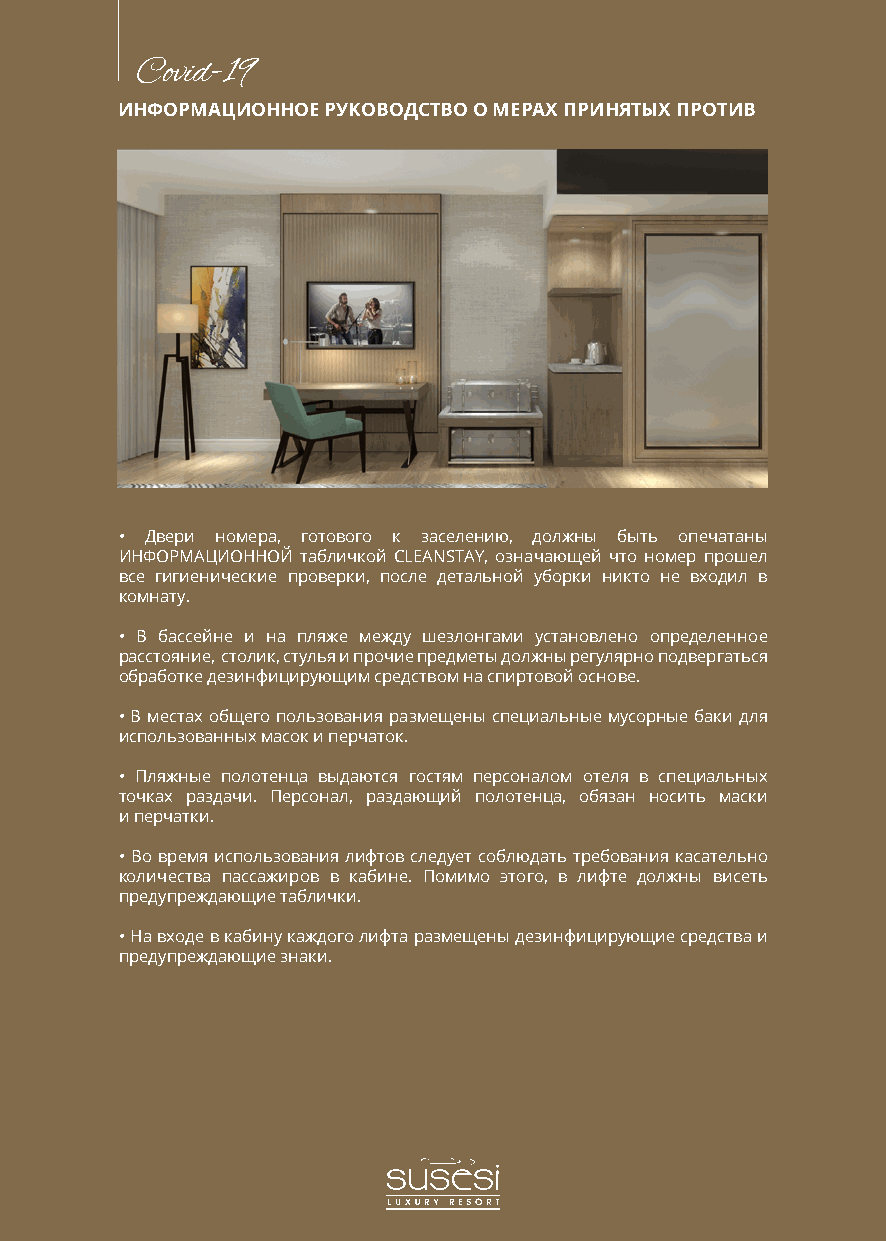
Covid-19
 ИНФОРМАЦИОННОЕ РУКОВОДСТВО О МЕРАХ ПРИНЯТЫХ ПРОТИВ
 • Двери номера, готового к заселению, должны быть опечатаны
 ИНФОРМАЦИОННОЙ табличкой CLEANSTAY, означающей что номер прошел
 все гигиенические проверки, после детальной уборки никто не входил в
 комнату.
 • В бассейне и на пляже между шезлонгами установлено определенное
 расстояние, столик, стулья и прочие предметы должны регулярно подвергаться
 обработке дезинфицирующим средством на спиртовой основе.
 • В местах общего пользования размещены специальные мусорные баки для
 использованных масок и перчаток.
 • Пляжные полотенца выдаются гостям персоналом отеля в специальных
 точках раздачи. Персонал, раздающий полотенца, обязан носить маски
 и перчатки.
 • Во время использования лифтов следует соблюдать требования касательно
 количества пассажиров в кабине. Помимо этого, в лифте должны висеть
 предупреждающие таблички.
 • На входе в кабину каждого лифта размещены дезинфицирующие средства и
 предупреждающие знаки.